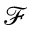
\mathcal { F }